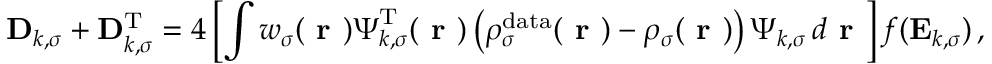
\mathbf { D } _ { k , \sigma } + \mathbf { D } _ { k , \sigma } ^ { \mathrm { T } } = 4 \left[ \int w _ { \sigma } ( \boldsymbol { \textbf { r } } ) \boldsymbol { \Psi } _ { k , \sigma } ^ { \mathrm { T } } ( \boldsymbol { \textbf { r } } ) \left( \rho _ { \sigma } ^ { \mathrm { d a t a } } ( \boldsymbol { \textbf { r } } ) - \rho _ { \sigma } ( \boldsymbol { \textbf { r } } ) \right) \boldsymbol { \Psi } _ { k , \sigma } \, d \boldsymbol { \textbf { r } } \right] f ( \mathbf { E } _ { k , \sigma } ) \, ,